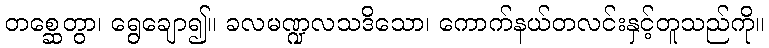
တစ္ဆေတွာ၊ ရွေချော၍။ ခလမဏ္ဍလသဒိသော၊ ကောက်နယ်တလင်းနှင့်တူသည်ကို။